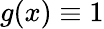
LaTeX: g(x)\equiv 1